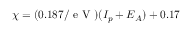
\chi = ( 0 . 1 8 7 / \mathrm { ~ e ~ V ~ } ) ( I _ { p } + E _ { A } ) + 0 . 1 7